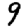
Digit: 9